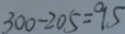
3 0 0 - 2 0 5 = 9 5